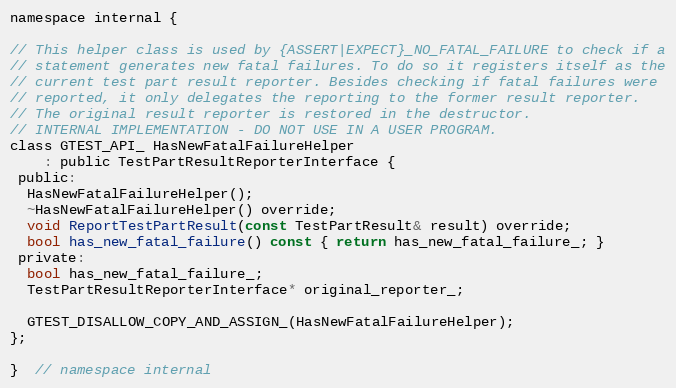
Language: C
namespace internal {

// This helper class is used by {ASSERT|EXPECT}_NO_FATAL_FAILURE to check if a
// statement generates new fatal failures. To do so it registers itself as the
// current test part result reporter. Besides checking if fatal failures were
// reported, it only delegates the reporting to the former result reporter.
// The original result reporter is restored in the destructor.
// INTERNAL IMPLEMENTATION - DO NOT USE IN A USER PROGRAM.
class GTEST_API_ HasNewFatalFailureHelper
    : public TestPartResultReporterInterface {
 public:
  HasNewFatalFailureHelper();
  ~HasNewFatalFailureHelper() override;
  void ReportTestPartResult(const TestPartResult& result) override;
  bool has_new_fatal_failure() const { return has_new_fatal_failure_; }
 private:
  bool has_new_fatal_failure_;
  TestPartResultReporterInterface* original_reporter_;

  GTEST_DISALLOW_COPY_AND_ASSIGN_(HasNewFatalFailureHelper);
};

}  // namespace internal